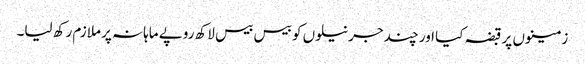
زمینوں پر قبضہ کیا اور چند جرنیلوں کو بیس بیس لاکھ روپے ماہانہ پر ملازم رکھ لیا۔